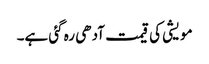
مویشی کی قیمت آدھی رہ گئی ہے۔